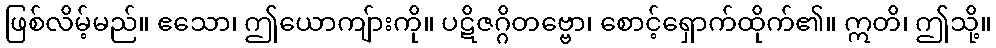
ဖြစ်လိမ့်မည်။ ဧသော၊ ဤယောကျ်ားကို။ ပဋိဇဂ္ဂိတဗ္ဗော၊ စောင့်ရှောက်ထိုက်၏။ ဣတိ၊ ဤသို့။